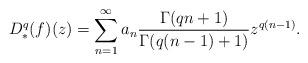
LaTeX: \begin{align*} D^q_*(f)(z)=\sum_{n=1}^{\infty}a_n\frac{\Gamma(qn+1)}{\Gamma(q(n-1)+1)} z^{q(n-1)}.\end{align*}